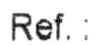
REF. :